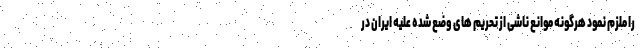
را ملزم نمود هرگونه موانع ناشی از تحریم های وضع شده علیه ایران در